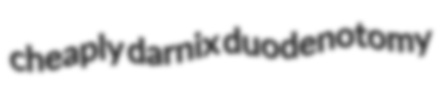
cheaply darnix duodenotomy